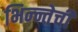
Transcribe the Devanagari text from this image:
भिन्न्तेची